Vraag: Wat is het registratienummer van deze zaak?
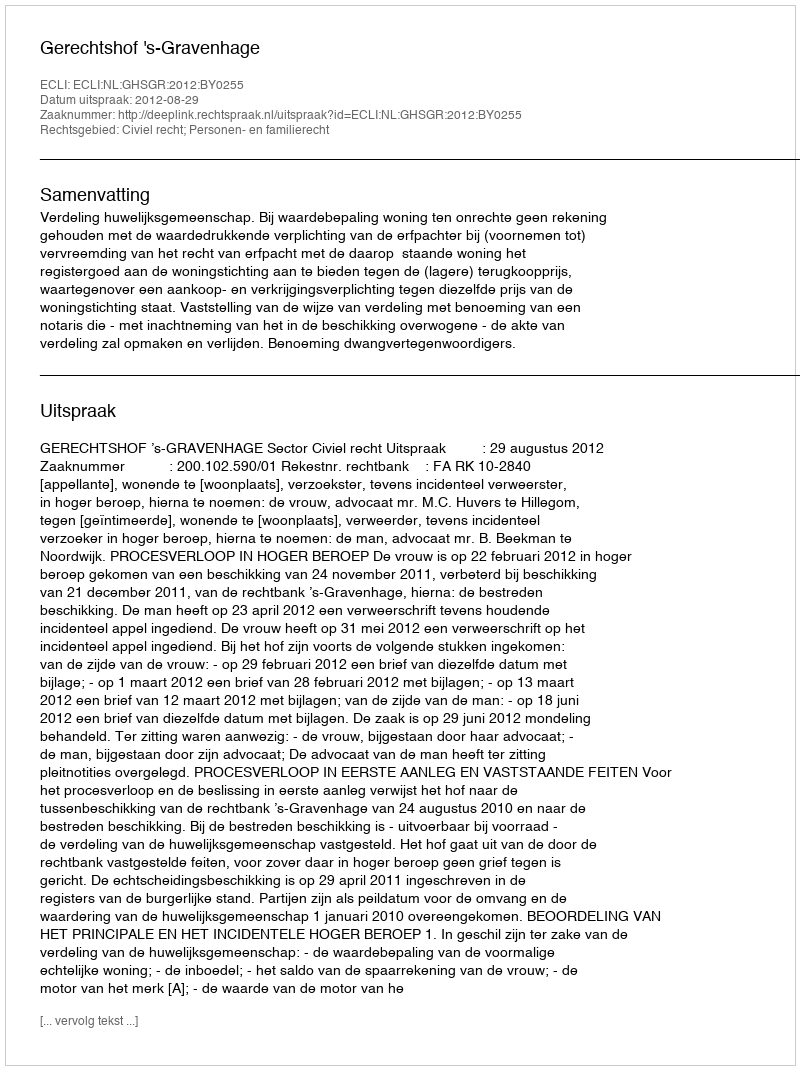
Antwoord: http://deeplink.rechtspraak.nl/uitspraak?id=ECLI:NL:GHSGR:2012:BY0255